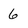
Character: 6